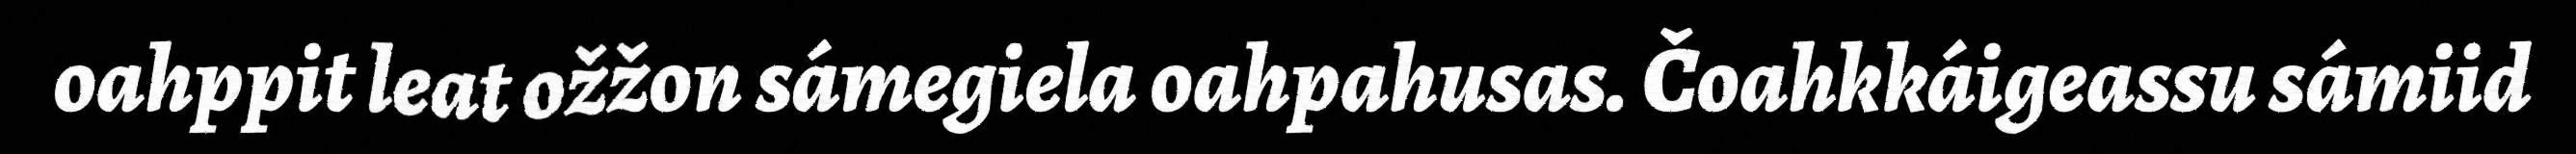
oahppit leat ožžon sámegiela oahpahusas. Čoahkkáigeassu sámiid